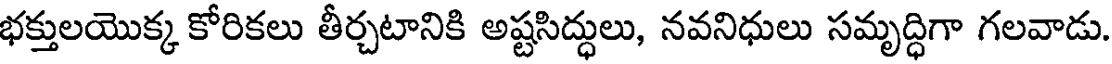
భక్తులయొక్క కోరికలు తీర్చటానికి అష్టసిద్ధులు, నవనిధులు సమృద్ధిగా గలవాడు.